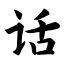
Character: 话